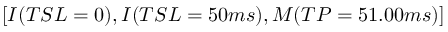
[ I ( T S L = 0 ) , I ( T S L = 5 0 m s ) , M ( T P = 5 1 . 0 0 m s ) ]